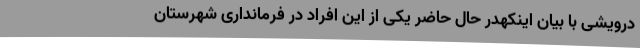
درویشی با بیان اینکهدر حال حاضر یکی از این افراد در فرمانداری شهرستان